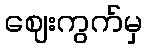
ဈေးကွက်မှ